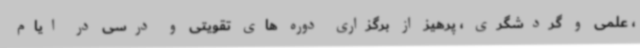
، علمی و گردشگری ، پرهیز از برگزاری دوره های تقویتی و درسی در ایام